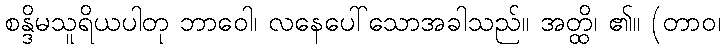
စန္ဒိမသူရိယပါတု ဘာဝေါ၊ လနေပေါ်သောအခါသည်။ အတ္ထိ၊ ၏။ (တာဝ၊